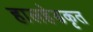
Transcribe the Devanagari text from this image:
हालहेडकृत